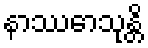
နာဿောသုန္တိ